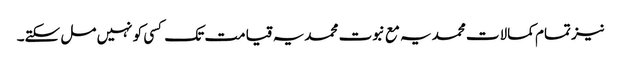
نیز تمام کمالات محمدیہ مع نبوت محمدیہ قیامت تک کسی کو نہیں مل سکتے۔